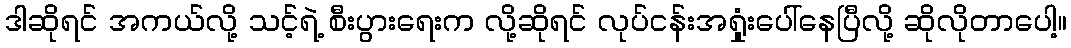
ဒါဆိုရင် အကယ်လို့ သင့်ရဲ့ စီးပွားရေးက လို့ဆိုရင် လုပ်ငန်းအရှုံးပေါ်နေပြီလို့ ဆိုလိုတာပေါ့။